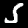
Digit: 5